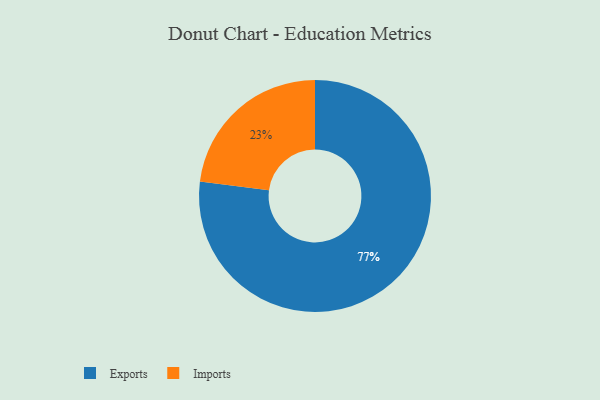
{"axis": {"x": "Category", "y": "Percentage"}, "legend": ["Exports", "Imports"], "data": [{"x": "Imports", "y": 23, "type": "Imports"}, {"x": "Exports", "y": 77, "type": "Exports"}]}